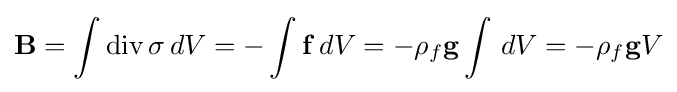
\mathbf {B} =\int \operatorname {div} \sigma \,dV=-\int \mathbf {f} \,dV=-\rho _{f}\mathbf {g} \int \,dV=-\rho _{f}\mathbf {g} V